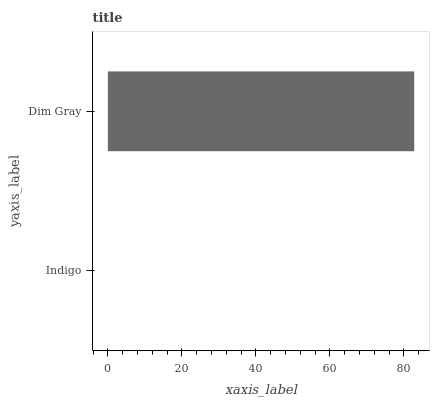
| yaxis_label | bars |
 | --- | --- |
 | Indigo | 0 |
 | Dim Gray | 82.8 |